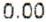
0.00